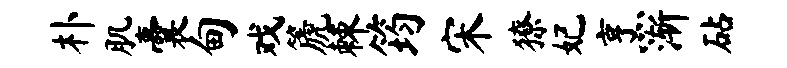
朴肌囊甸戏篪棘筠宋獠妃烹渐砧